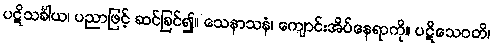
ပဋိသင်္ခါယ၊ ပညာဖြင့် ဆင်ခြင်၍။ သေနာသနံ၊ ကျောင်းအိပ်နေရာကို။ ပဋိသေဝတိ၊